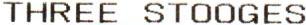
THREE STOOGES